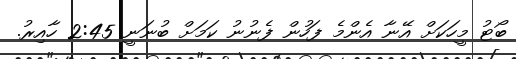
ބޯޓު މީހަކަށް އޭނާ އެންމެ ފަހުން ފެނުނު ކަމަށް ބުނަނީ 2:45 ހާއިރު.